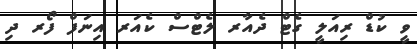
ވީ ކުޑް ރިއަލީ ގެޓް ދެއާރ ލެޓްސް ކެއަރ އިނަފް ފޯރ ދި